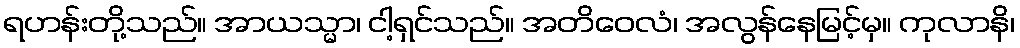
ရဟန်းတို့သည်။ အာယသ္မာ၊ ငါ့ရှင်သည်။ အတိဝေလံ၊ အလွန်နေမြင့်မှ။ ကုလာနိ၊